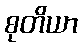
စုတိယာ